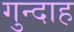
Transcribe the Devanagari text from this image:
गुन्दाह